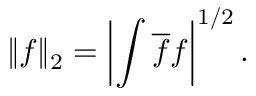
\| f \| _ { 2 } = \left| \int \overline { { f } } f \right| ^ { 1 / 2 } .